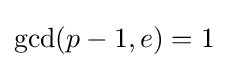
\gcd(p-1,e)=1